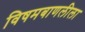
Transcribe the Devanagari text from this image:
विषमबाणलीला